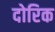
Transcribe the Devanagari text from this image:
दोरिक